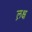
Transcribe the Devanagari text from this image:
ल़क्ष